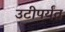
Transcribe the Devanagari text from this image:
उटीपर्यंत